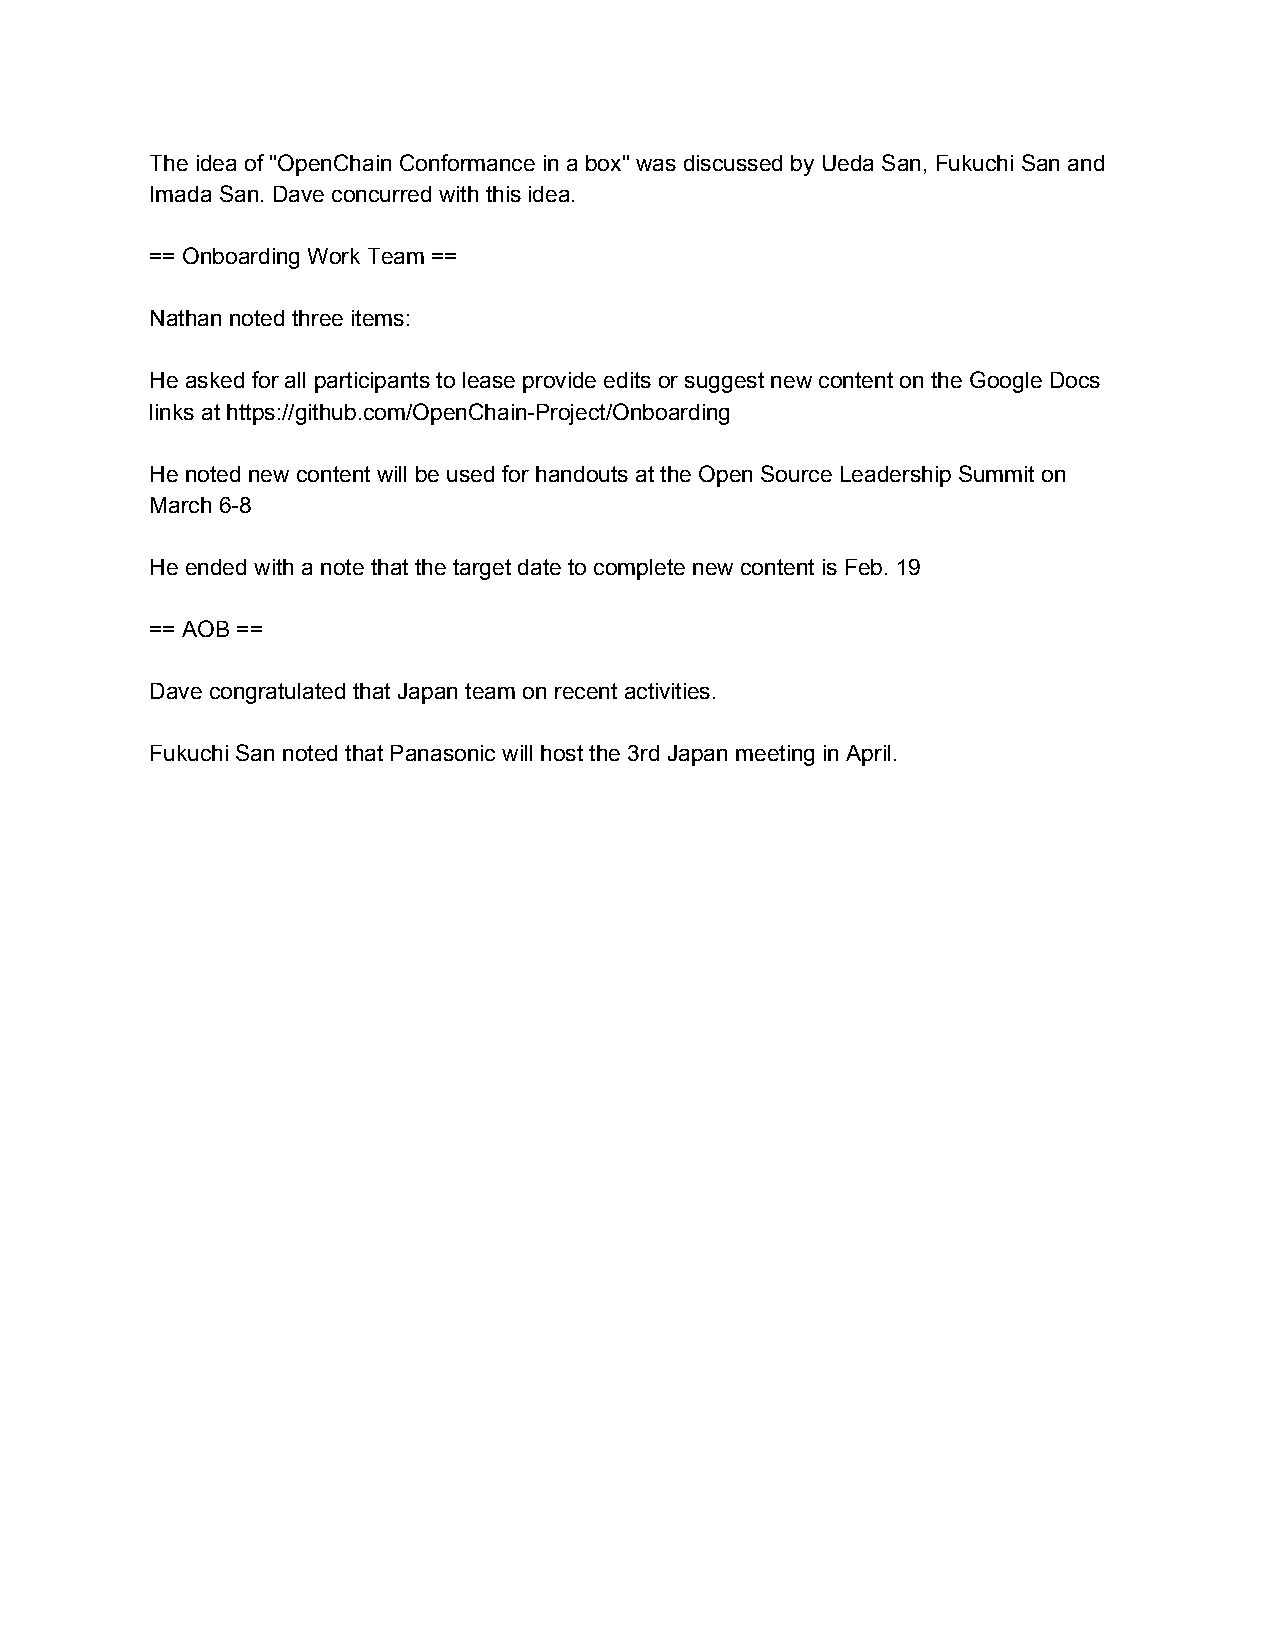
The idea of "OpenChain Conformance in a box" was discussed by Ueda San, Fukuchi San and
 Imada San. Dave concurred with this idea.
 == Onboarding Work Team ==
 Nathan noted three items:
 He asked for all participants to lease provide edits or suggest new content on the Google Docs
 links at https://github.com/OpenChain-Project/Onboarding
 He noted new content will be used for handouts at the Open Source Leadership Summit on
 March 6-8
 He ended with a note that the target date to complete new content is Feb. 19
 == AOB ==
 Dave congratulated that Japan team on recent activities.
 Fukuchi San noted that Panasonic will host the 3rd Japan meeting in April.